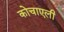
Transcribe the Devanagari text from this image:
कोचाएली